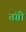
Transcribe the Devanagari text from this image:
तंग्री